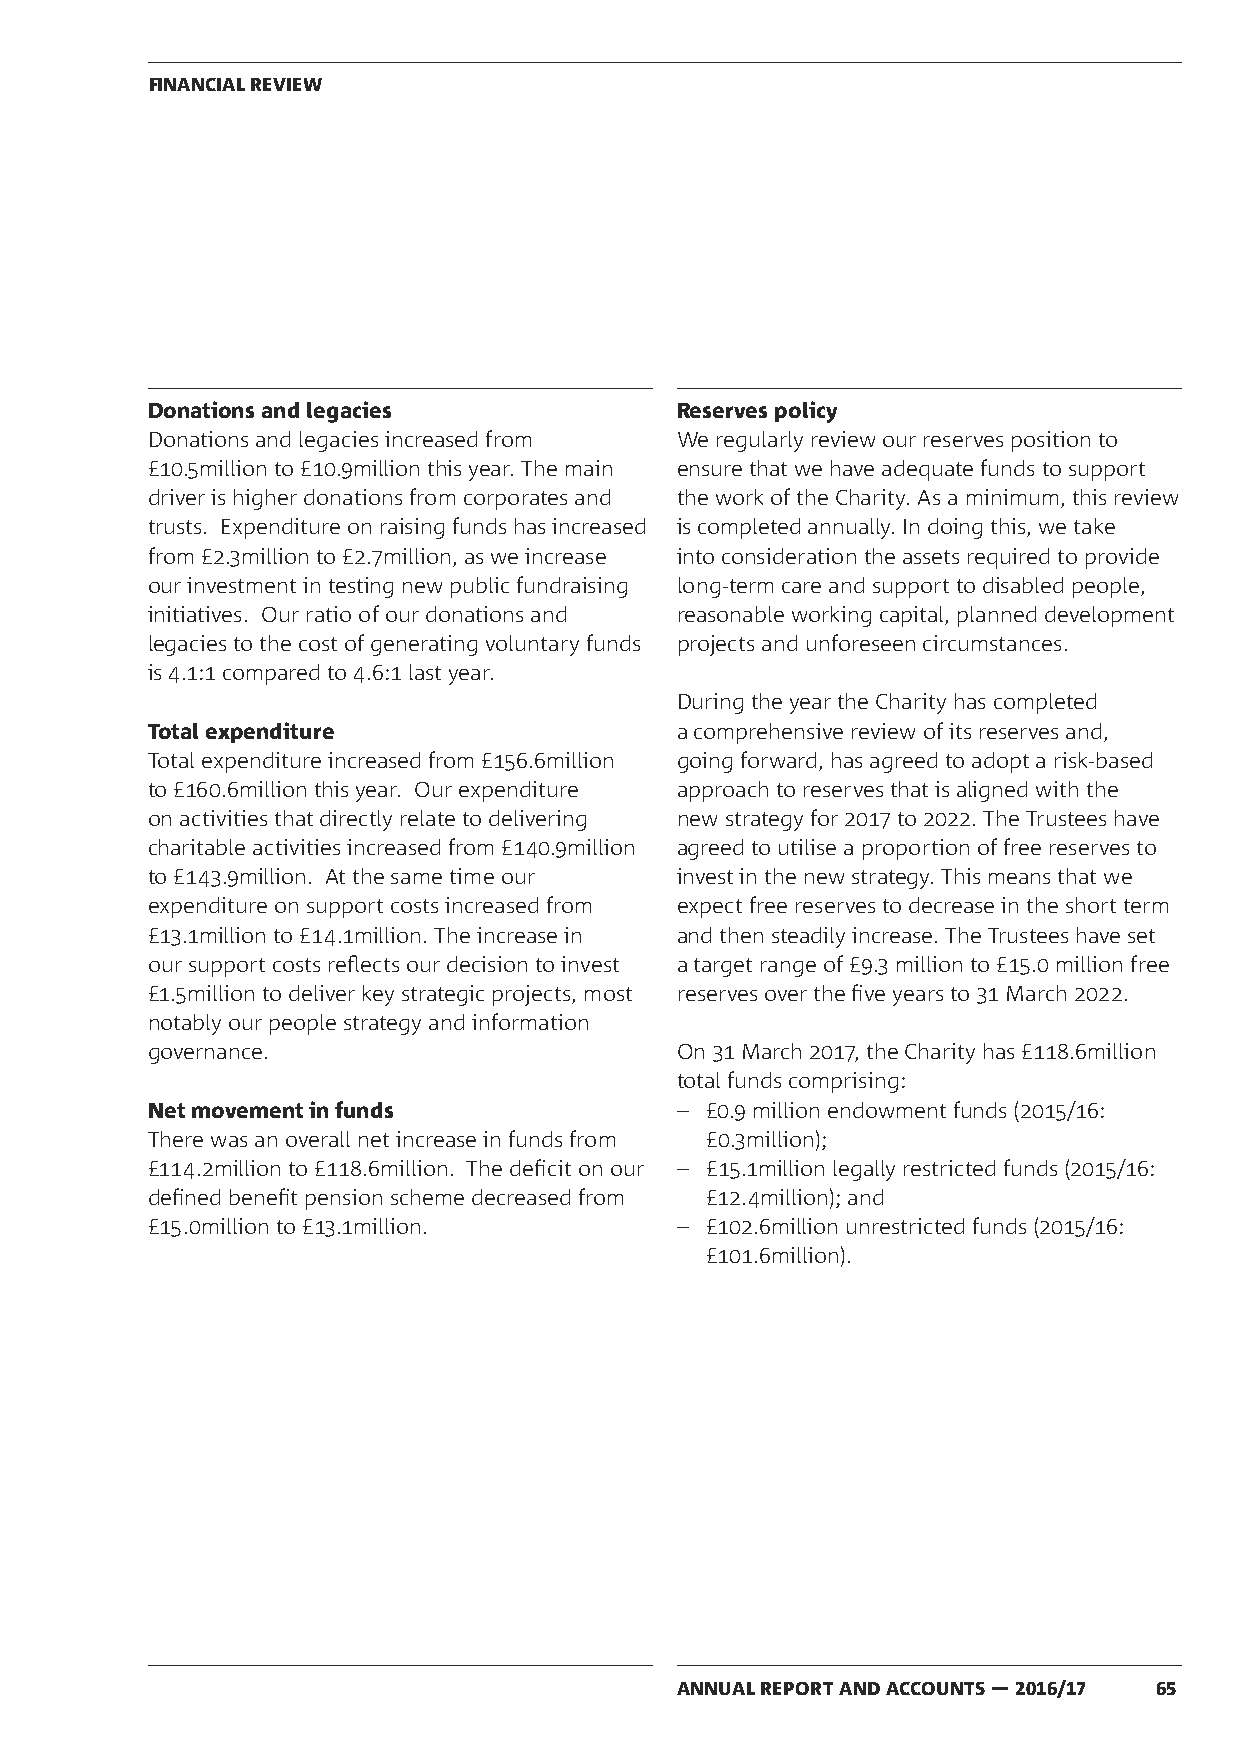
FINANCIAL REVIEW
 Donations and legacies             Reserves policy
 Donations and legacies increased from We regularly review our reserves position to
 £10.5million to £10.9million this year. The main ensure that we have adequate funds to support
 driver is higher donations from corporates and the work of the Charity. As a minimum, this review
 trusts. Expenditure on raising funds has increased is completed annually. In doing this, we take
 from £2.3million to £2.7million, as we increase into consideration the assets required to provide
 our investment in testing new public fundraising long-term care and support to disabled people,
 initiatives. Our ratio of our donations and reasonable working capital, planned development
 legacies to the cost of generating voluntary funds projects and unforeseen circumstances.
 is 4.1:1 compared to 4.6:1 last year.
 During the year the Charity has completed
 Total expenditure                  a comprehensive review of its reserves and,
 Total expenditure increased from £156.6million going forward, has agreed to adopt a risk-based
 to £160.6million this year. Our expenditure approach to reserves that is aligned with the
 on activities that directly relate to delivering new strategy for 2017 to 2022. The Trustees have
 charitable activities increased from £140.9million agreed to utilise a proportion of free reserves to
 to £143.9million. At the same time our invest in the new strategy. This means that we
 expenditure on support costs increased from expect free reserves to decrease in the short term
 £13.1million to £14.1million. The increase in and then steadily increase. The Trustees have set
 our support costs reflects our decision to invest a target range of £9.3 million to £15.0 million free
 £1.5million to deliver key strategic projects, most reserves over the five years to 31 March 2022.
 notably our people strategy and information
 governance.                        On 31 March 2017, the Charity has £118.6million
 total funds comprising:
 Net movement in funds              – £0.9 million endowment funds (2015/16:
 There was an overall net increase in funds from £0.3million);
 £114.2million to £118.6million. The deficit on our – £15.1million legally restricted funds (2015/16:
 defined benefit pension scheme decreased from £12.4million); and
 £15.0million to £13.1million.      – £102.6million unrestricted funds (2015/16:
 £101.6million).
 ANNUAL REPORT AND ACCOUNTS — 2016/17 65